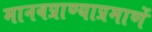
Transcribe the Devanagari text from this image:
मानवप्राण्याप्रमाणें